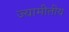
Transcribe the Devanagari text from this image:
ज्यामीतीय